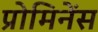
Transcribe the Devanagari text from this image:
प्रोमिनेंस